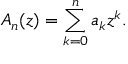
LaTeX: A _ { n } ( z ) = \sum _ { k = 0 } ^ { n } a _ { k } z ^ { k } .